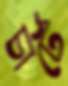
চার্টে